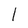
Character: l